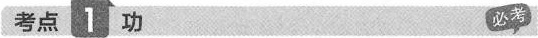
考点1功 必考